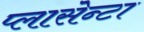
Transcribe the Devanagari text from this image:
प्लासेन्टा